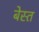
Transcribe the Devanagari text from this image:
बेस्त